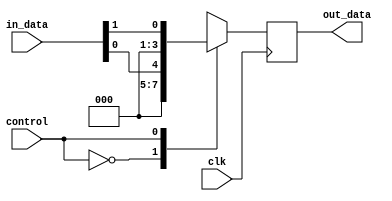
module bus_switch(
  input wire clk,
  input wire control,
  input wire [NUM_PORTS-1:0] in_data,
  output reg [NUM_PORTS-1:0] out_data
);

parameter NUM_PORTS = 4; // number of input and output ports
parameter DATA_WIDTH = 8; // width of the data bus

always @(posedge clk) begin
  case (control)
    0: out_data <= in_data[0];
    1: out_data <= in_data[1];
    2: out_data <= in_data[2];
    3: out_data <= in_data[3];
    default: out_data <= 0;
  endcase
end

endmodule